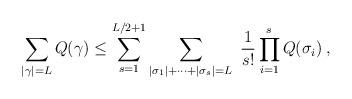
LaTeX: \begin{align*} \sum_{|\gamma|=L} Q(\gamma) \leq \sum_{s=1}^{L/2+1} \sum_{|\sigma_1|+\dots+|\sigma_s|=L}\ \frac{1}{s!} \prod_{i=1}^{s} Q(\sigma_i) \:, \end{align*}